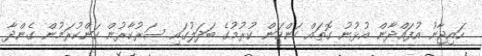
ހައިޖާނު އުފައްދާން އުޅުނު ގޮތައް ކަންކަން ކުރުމުގެ ބަދަލުގައި ސަރުކާރުން ކަންކުރަމުން ގެންދާ